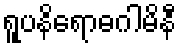
ရူပနိရောဓဂါမိနီ